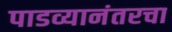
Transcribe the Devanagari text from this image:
पाडव्यानंतरचा